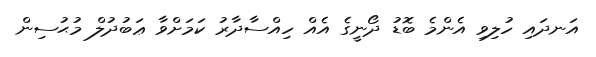
އަނދައި ހުލިވި އެންމެ ބޮޑު ދޯނީގެ އެއް ހިއްސާދާރު ކަމަށްވާ ޢަބުދުލް މުޙުސިން